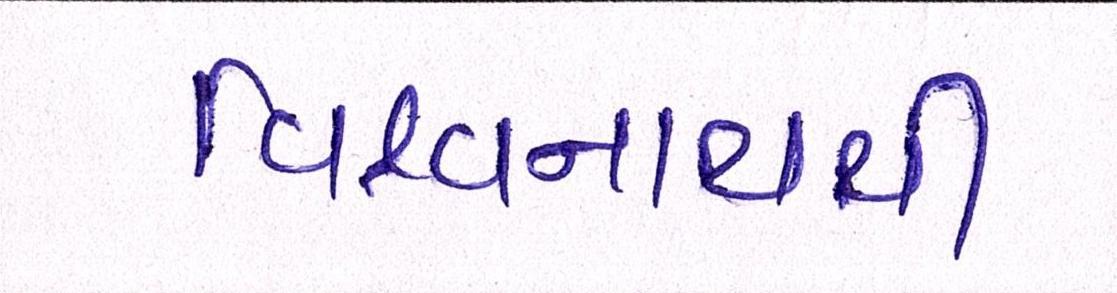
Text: વિશ્વનાથથી